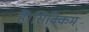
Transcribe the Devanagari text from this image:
हैं।सिक्किम